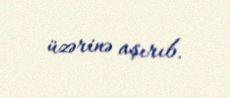
üzərinə aşırıb.